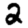
Digit: 2